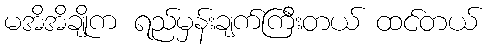
မအိအိချိုက ရည်မှန်းချက်ကြီးတယ် ထင်တယ်